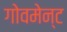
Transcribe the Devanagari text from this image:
गोवमेन्ट